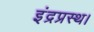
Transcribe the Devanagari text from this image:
इंद्रप्रस्थ।